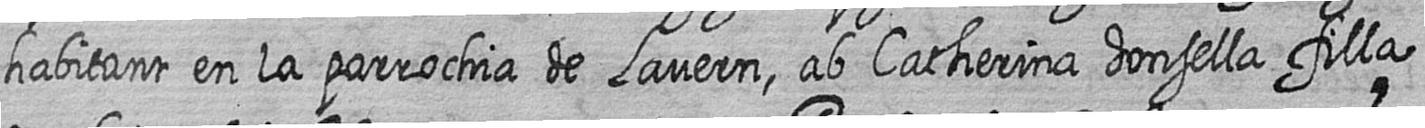
habitant en la parrochia de Lavern ab Catherina donsella filla